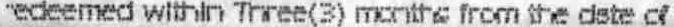
"EDEEMED WITHIN THREE(3) MONTHS FROM THE DATE OF